Annual administration and progress report of the Indian Medical Department, Bombay
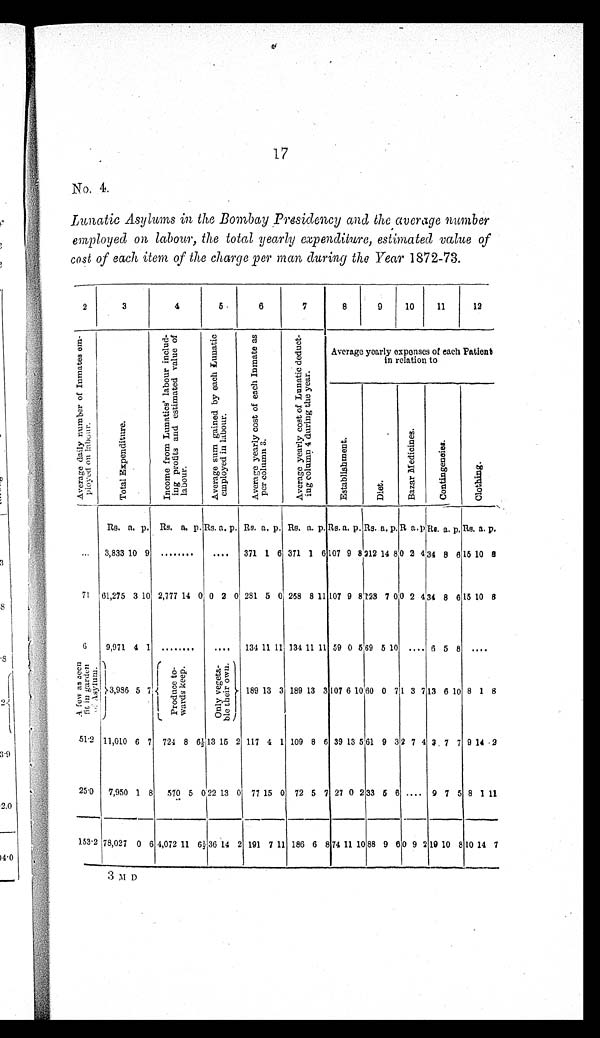
17
No. 4.
Lunatic Asylums in the Bombay Presidency and the average number
employed on labour, the total yearly expenditure, estimated value of
cost of each item of the charge per man during the Year 1872-73.
2
3
4
5
6
7
8
9
10
11
12
A v e r a g e d a i l y n u m b e r o f I n m a t e s e m - p l o y e d o n l a b o u r .
Total Expendi ture.
I n c o m e f r o m L u n a t i c s ' l a b o u r i n c l u d - i n g p r o f i t s a n d e s t i m a t e d v a l u e o f l a b o u r .
A v e r a g e s u m g a i n e d b y e a c h L u n a t i c e m p l o y e d i n l a b o u r .
A v e r a g e y e a r l y c o s t o f e a c h I n m a t e a s p e r c o l u m n 3 .
A v e r a g e e a r l y c o s t o f L u n a t i c d e d u c t - i n g c o l u m n 4 d u r i n g t h e y e a r .
Average yearly expenses of each Patient
in relation to
E s t a b l i s h m e n t
D i e t .
B a z a r M e d i c i n e s .
C o n t i n g e n c i e s .
C l o t h i n g .
Rs. a. p. Rs. a. p. Rs. a. p. Rs. a. p. Rs. a. p. Rs. a. p. Rs. a. p. R a.
p.
Rs. a. p. Rs. a. p.
... 3,833 10 9 ........ .... 371 1 6 371 1 6 107 9 8 212 14 8 0 2 4 34 8 8 15 10
8
71 61,275 3 10 2,777 14 0 0 2 0 281 5 0 258 8 11 107 9 8 123 7 0 0 2 4 34 8 6 15 10 8
6
9,971 4 1
........
.... 134 11 11 134 11 11 59 0 5 69 5 10 .... 6 5 8 ....
A f e w a s s e e n f i t i n g a r d e n o f A s y l u m .
3 , 9 8 6
5 7
Pr oduc e t o- war ds k eep.
O n l y v e g e t a - b l e t h e i r o w n .
189 13 3 189 13 3 107 6 1060 0 7 1 3 7 13 6 10 8 1 8
51.2 11,010 6 7 724 8 6 ½
13 15 2 117 4 1 109 8 6 39 13 5 61 9 3 2 7 4 3 7 7 9 14 2
25.0 7,950 1 8 570 5 0 22 13 0 77 15 0 72 5 7 27 0 2 33 5 6 .... 9 7 5 8 1 11
153.2 78,027 0 6 4,072 11
6 ½ 36 14 2 191 7 11 186 6 8 74 11 10 88 9 6 0 9 2 19 10 8 10 14 7
3 M D